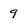
Character: 9